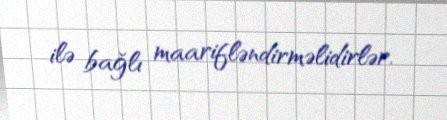
ilə bağlı maarifləndirməlidirlər.